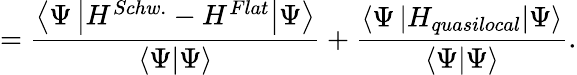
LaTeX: =\frac{\left\langle\Psi\left|H^{Schw.}-H^{Flat}\right|\Psi\right\rangle}{\left\langle\Psi|\Psi\right\rangle}+\frac{\left\langle\Psi\left|H_{quasilocal}\right|\Psi\right\rangle}{\left\langle\Psi|\Psi\right\rangle}.